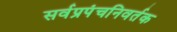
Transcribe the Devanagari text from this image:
सर्वप्रपंचनिवर्तक